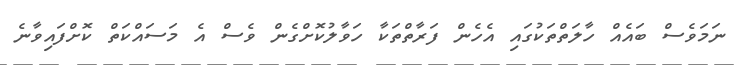
ނަމަވެސް ބައެއް ހާލަތްތަކުގައި އެހެން ފަރާތްތަކާ ހަވާލުކޮށްގެން ވެސް އެ މަސައްކަތް ކޮށްފައިވާނެ